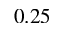
0 . 2 5